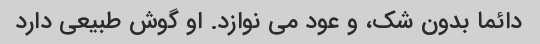
دائما بدون شک، و عود می نوازد. او گوش طبیعی دارد